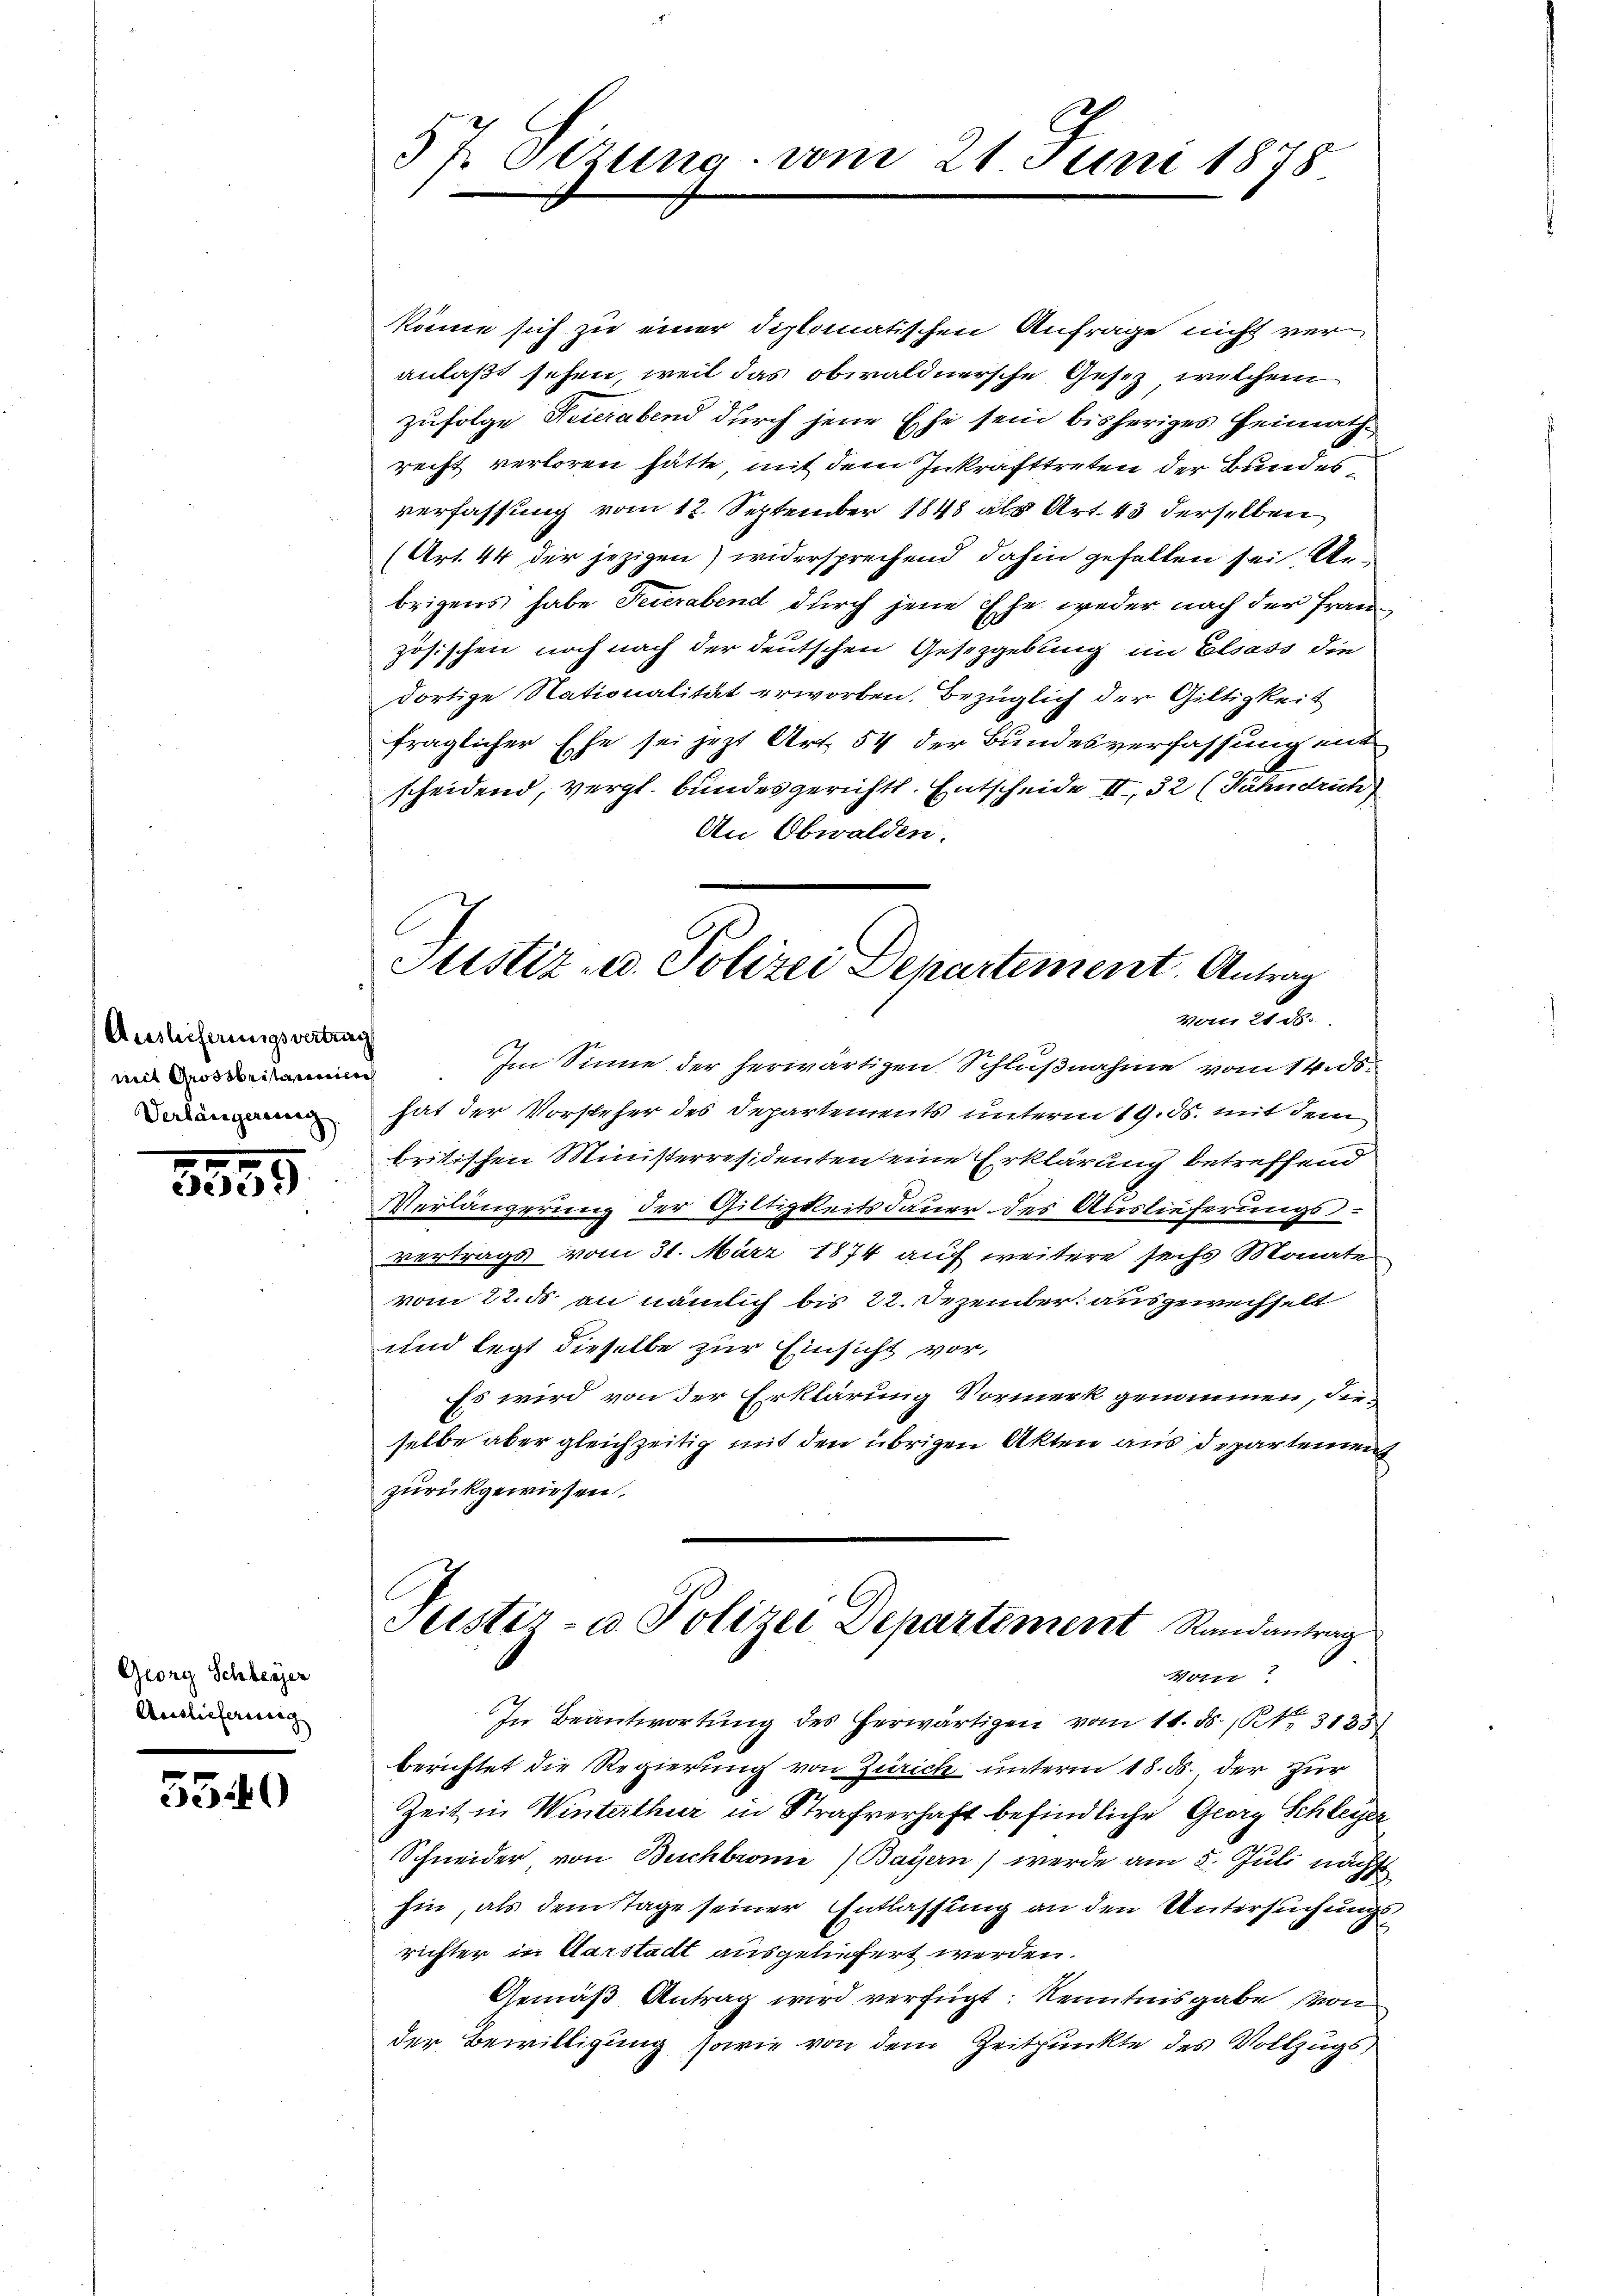
Auslieferungsvertrag
mit Grossbritanisch
Verlängereing

5555

Georg Schlegger
Auslieferiere

5540

könne sich zu einer diplomatischen Anfrage nicht veranlaßt sehen, weil das obwaldnersche Gesetz, welchem
zufolge Feierabend durch jene Ehe sein bisheriges Heimathrecht verloren hätte mit dem Inkrafttreten der Bundesverfassung vom 12. September 1848 als Art. 43 derselben
(Art. 44 der jezigen) widersprechend dahin gefallen sei Un
brigens habe Feuerabend durch jene Ehe weder nach der Frauzösischen noch nach der deutschen Gesetzgebung im Elsass die
dortige Nationalität erworben. Bezüglich der Giltigkeit
fraglicher Ehe sei jezt Art. 54 der Bundesverfassung mit
scheidend, vergl. Bundesgerichts. Entscheide II., 32 (Fähndruck
An Obwalden.

37 Otzung vom 21 Juni 1878

Justiz- u. Polizei Departement. Antrag
Von 218.

Im Sinne der herwärtigen Schlußnahme vom 14. ds.
hat der Vorsteher des Departements unterm 19. ds. mit dem
bristischen Ministerresidenten eine Erklärung betreffend
Verlängerung der Gültigkeitsdauer des Auslieferungsvertrags vom 31. März 1874 auf weitere sechs Monate
vom 22. ds. an nämlich bis 22. Dezember ausgewechselt
und legt dieselbe zur Einsicht vor¬
Es wird von der Erklärung Vormerk genommen, die
selbe aber gleichzeitig mit den übrigen Akten aus departemen
zurückgewiesen.
Teister- u. Polizei Departement Randantrag
Wotr
In Beantwortung des herwärtigen vom 11. ds. 1. 3133
berichtet die Regierung von Zürich unterm 18. ds. der zur
Zeit in Winterthur in Strafverhaft befindliche Georg Schleier
Schneider von Buchbrone (Bayern) werde am 5. Juli nächst
hin, als dem Tage seiner Entlassung an den Untersuchung
richter in Darstadt ausgeliefert werden.
Gemäß Antrag wird verfügt: Kenntnisgabe von
der Bewilligung sowie von dem Zeitpunkte des Vollzugs¬